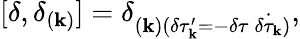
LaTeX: [\delta,\delta_{(\mathbf{k})}]=\delta_{(\mathbf{k})(\delta\tau_{\mathbf{k}}^{\prime}=-\delta\tau\: \dot{{\delta\tau_{\mathbf{k}}}})},